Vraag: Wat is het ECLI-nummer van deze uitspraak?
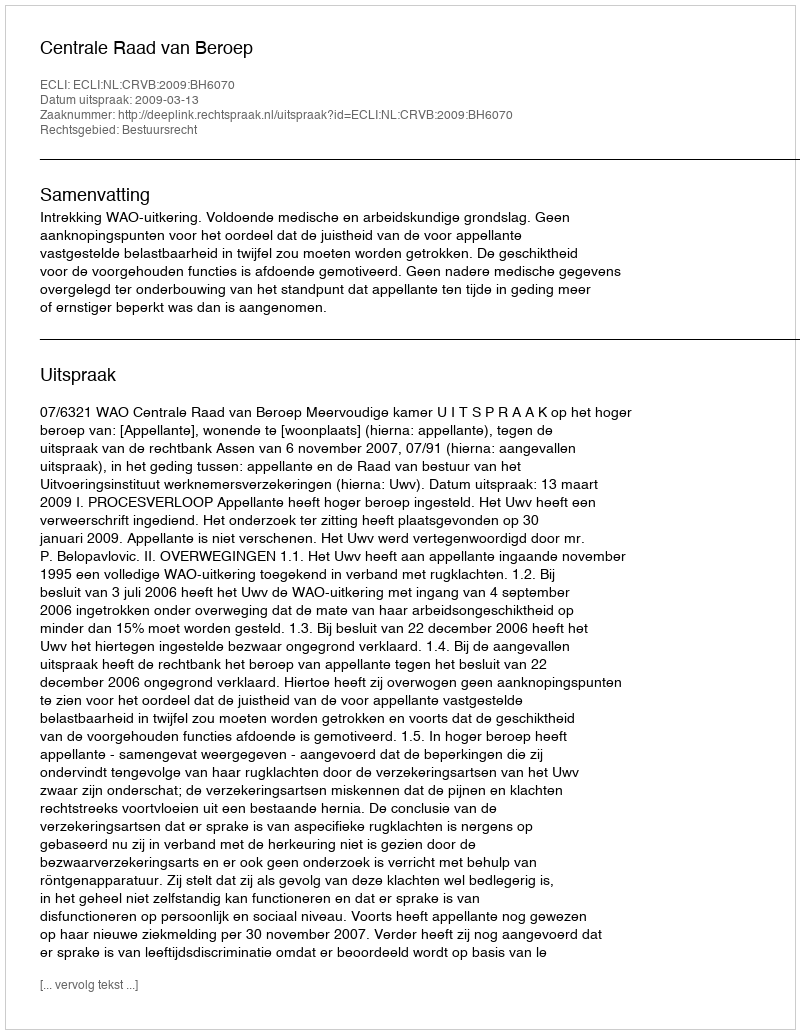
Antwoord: ECLI:NL:CRVB:2009:BH6070